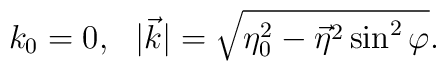
k_0 = 0,\ \ |\vec k| = \sqrt{\eta_0^2 - {\vec\eta}^2 \sin^2\varphi}.